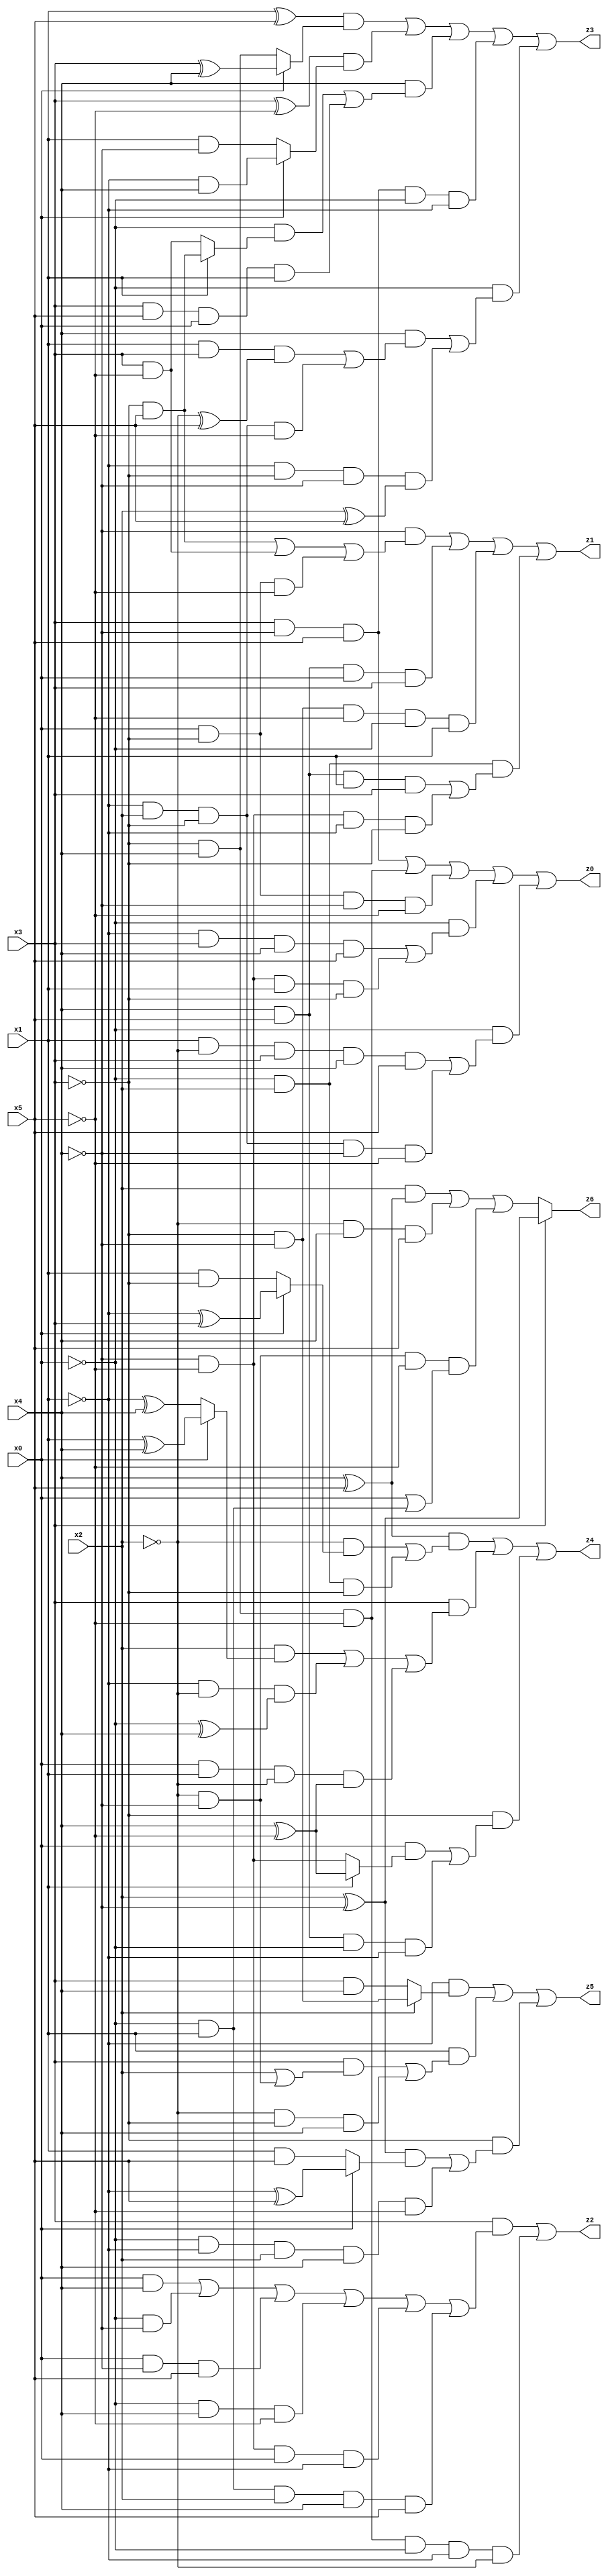
// Benchmark "X_27" written by ABC on Thu Jun 29 21:18:45 2023

module X_27 ( 
    x0, x1, x2, x3, x4, x5,
    z0, z1, z2, z3, z4, z5, z6  );
  input  x0, x1, x2, x3, x4, x5;
  output z0, z1, z2, z3, z4, z5, z6;
  assign z0 = (x3 & ~x4 & x5) | (~x3 & x4 & ~x5) | (x0 & ~x3 & ~x4 & ~x5) | (~x0 & ((~x1 & x3 & x4 & x5) | (~x4 & ~x5 & x1 & ~x3))) | (~x0 & ((x1 & ~x2 & x3 & x4 & x5) | (~x1 & x2 & ~x3 & ~x4 & ~x5)));
  assign z1 = (~x4 & ((~x3 & x5) | (x3 & ~x5) | (x0 & ~x3 & ~x5))) | (x4 & x5 & x0 & x3) | (~x3 & ~x4 & ~x5 & ~x0 & x1) | (~x0 & x2 & ((x4 & x5 & x1 & x3) | (~x4 & ~x5 & ~x1 & ~x3)));
  assign z2 = (x3 & ((x0 & x4) | (~x0 & ~x4) | (x0 & ~x4 & x5) | (~x0 & x4 & ~x5) | (~x4 & ~x5 & x0 & ~x1) | (~x0 & x1 & x2 & x4 & x5))) | (~x3 & x4 & ~x5 & ~x0 & ~x1 & ~x2);
  assign z3 = ((x1 ^ x5) & (x0 ? (x3 ^ x4) : (~x3 & x4))) | ((x3 ^ ~x5) & (x0 ? (~x1 & x4) : (x1 & ~x4))) | (x4 & ((~x0 & (x1 ? (~x3 & x5) : (x3 & ~x5))) | (x3 & x5 & x0 & x1))) | (x3 & ~x4 & x5 & ~x0 & ~x1) | (~x0 & ((x4 & ((x1 & x3 & (~x2 ^ x5)) | (~x1 & x2 & ~x3 & ~x5))) | (~x1 & ~x3 & ~x4 & (x2 ^ x5))));
  assign z4 = ((x4 ^ x5) & ((~x2 & (x0 ? (~x1 ^ x3) : (x1 & ~x3))) | (~x0 & x2 & ~x3))) | (x3 & ((x2 & (x0 ? (x1 ^ x4) : (~x1 ^ x4))) | (~x1 & ~x2 & (~x0 ^ x4)) | (x0 & x1 & ~x2 & (x4 ^ ~x5)))) | (~x3 & ((x0 & (x1 ? (x4 ^ ~x5) : (~x4 & ~x5))) | (x4 & x5 & ~x0 & ~x1)));
  assign z5 = (~x1 & (x2 ? (~x3 & ~x4) : (x3 & x4))) | (x1 & ((x3 & (x2 | (~x2 & ~x4))) | (~x2 & ~x3 & x4))) | (~x3 & (((x2 ^ ~x4) & (x0 ? (~x1 ^ x5) : (x1 & x5))) | (~x0 & ~x1 & x2 & x4 & ~x5)));
  assign z6 = x3 ? (x2 ^ ~x4) : ((x2 & (x4 ^ x5)) | (~x2 & x4 & x5) | (~x2 & ~x4 & ~x5 & (x0 | (~x0 & x1))));
endmodule